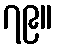
၇၉။